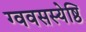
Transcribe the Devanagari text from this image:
ग्ववसस्येष्ठि